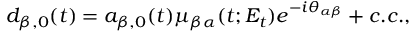
d _ { \beta , 0 } ( t ) = a _ { \beta , 0 } ( t ) \mu _ { \beta \alpha } ( t ; E _ { t } ) e ^ { - i \theta _ { \alpha \beta } } + c . c . ,